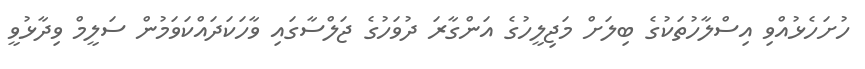
ހުށަހެޅުއްވި އިސްލާހުތަކުގެ ބިލަށް މަޖިލީހުގެ އަންގާރަ ދުވަހުގެ ޖަލްސާގައި ވާހަކަދައްކަވަމުން ސަލީމް ވިދާޅުވީ